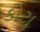
કોટાૢ